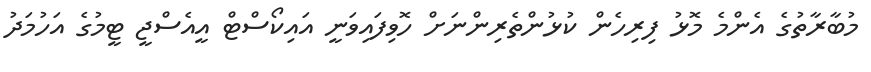
މުބާރާތުގެ އެންމެ މޮޅު ފިރިހެން ކުޅުންތެރިންނަށް ހޮވިފައިވަނީ އައިކޯސްޓް އީއެސްޖީ ޓީމުގެ އަހުމަދު